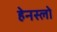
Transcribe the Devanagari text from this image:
हेनस्लो